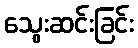
သွေးဆင်းခြင်း